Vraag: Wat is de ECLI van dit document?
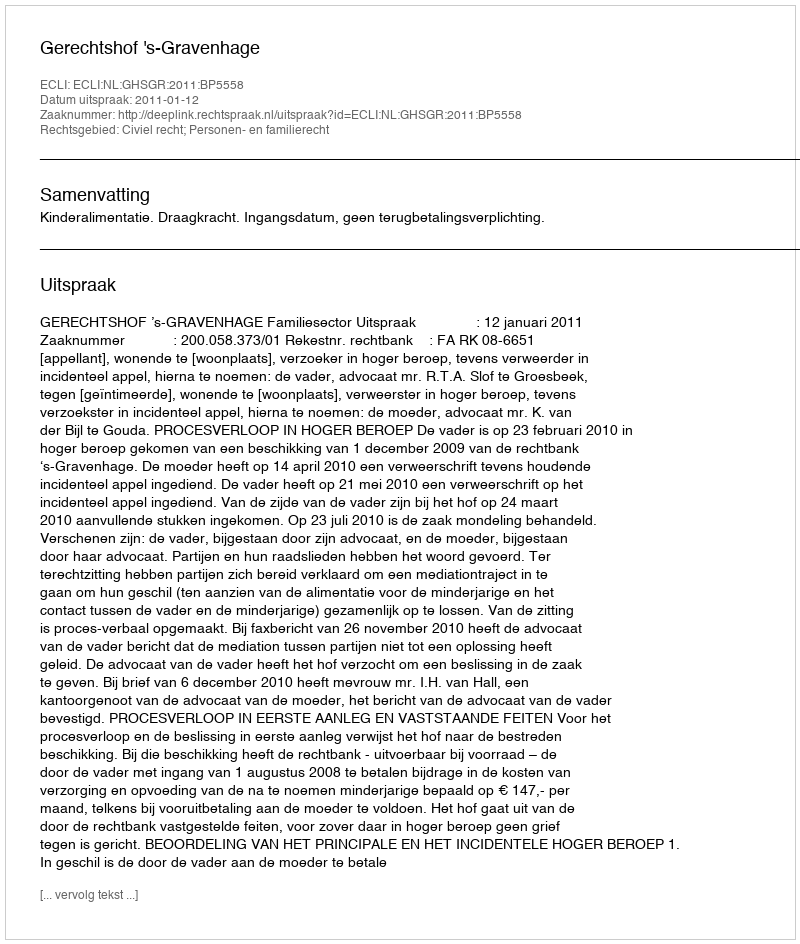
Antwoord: ECLI:NL:GHSGR:2011:BP5558